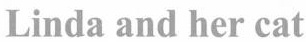
Linda and her cat